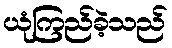
ယုံကြည်ခဲ့သည်